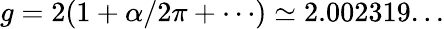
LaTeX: g=2(1+\alpha/2\pi+\cdots)\simeq 2.002319...